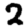
Digit: 2